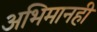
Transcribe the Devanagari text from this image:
अभिमानही